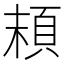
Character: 𩑷